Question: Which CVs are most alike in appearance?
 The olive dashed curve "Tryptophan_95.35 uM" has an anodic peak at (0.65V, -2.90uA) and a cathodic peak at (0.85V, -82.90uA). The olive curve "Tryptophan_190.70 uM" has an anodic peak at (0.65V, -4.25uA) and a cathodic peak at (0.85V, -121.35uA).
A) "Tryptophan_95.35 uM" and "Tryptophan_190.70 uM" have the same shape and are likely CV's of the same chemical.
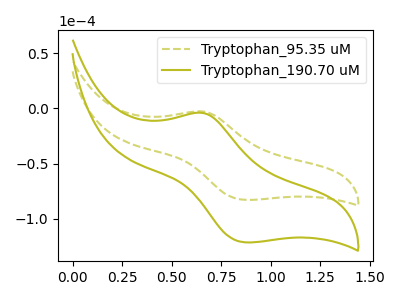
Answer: <think>All the peaks in "Tryptophan_95.35 uM" have a peak in "Tryptophan_190.70 uM" at the same potential.
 </think>
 <answer>A) "Tryptophan_95.35 uM" and "Tryptophan_190.70 uM" have the same shape and are likely CV's of the same chemical.</answer>
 <eval>A</eval>